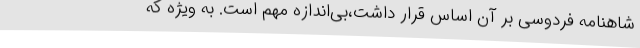
شاهنامه فردوسی بر آن اساس قرار داشت،بی‌اندازه مهم است. به ویژه که